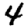
Digit: 4